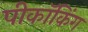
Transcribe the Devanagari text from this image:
पीकॉकिंग